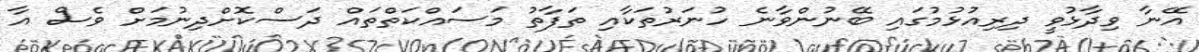
އޭނާ ވިދާޅުވީ ދިރިއުޅުމުގައި ބޭނުންވާނެ ހުނަރުތަކާއި ތަފާތު މަސައްކަތްތައް ދަސްކޮށްދިނުމަށް ވެސް އާ